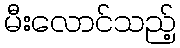
မီးလောင်သည့်